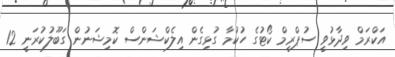
އަކްރަމް ވިދާޅުވީ ސުޕްރީމް ކޯޓުގެ ހުކުމާ ގުޅިގެން އިލެކްޝަންސް ކޮމިޝަނުން ގަބޫލުކުރަނީ 12